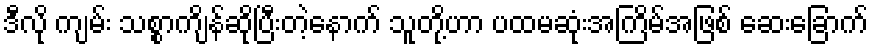
ဒီလို ကျမ်း သစ္စာကျိန်ဆိုပြီးတဲ့နောက် သူတို့ဟာ ပထမဆုံးအကြိမ်အဖြစ် ဆေးခြောက်